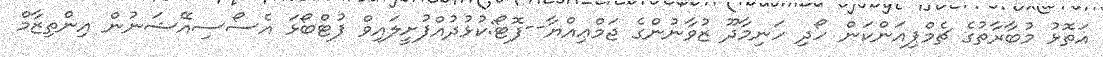
އަތޮޅު މުބާރާތުގެ ޗެމްޕިއަންކަން ހޯދި ހަނިމާދޫ ޒުވާނުންގެ ޖަމްޢިއްޔާ--ފޮޓޯ:ކުޅުދުއްފުށީލައިވް ފުޓްބޯޅަ އެސޯސިއޭޝަނުން އިންތިޒާމް